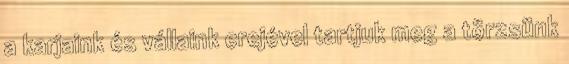
a karjaink és vállaink erejével tartjuk meg a törzsünk